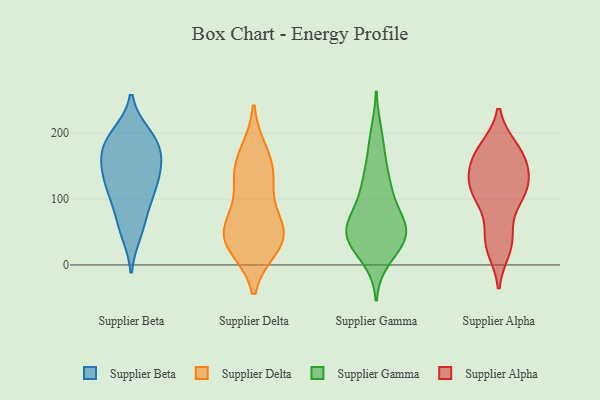
{"axis": {"x": "Page Views", "y": "Value"}, "legend": ["Supplier Alpha", "Supplier Beta", "Supplier Delta", "Supplier Gamma"], "data": [{"x": "", "y": 168, "type": "Supplier Beta"}, {"x": "", "y": 143, "type": "Supplier Beta"}, {"x": "", "y": 127, "type": "Supplier Beta"}, {"x": "", "y": 126, "type": "Supplier Beta"}, {"x": "", "y": 162, "type": "Supplier Beta"}, {"x": "", "y": 57, "type": "Supplier Beta"}, {"x": "", "y": 198, "type": "Supplier Beta"}, {"x": "", "y": 104, "type": "Supplier Beta"}, {"x": "", "y": 48, "type": "Supplier Beta"}, {"x": "", "y": 84, "type": "Supplier Beta"}, {"x": "", "y": 192, "type": "Supplier Beta"}, {"x": "", "y": 156, "type": "Supplier Beta"}, {"x": "", "y": 113, "type": "Supplier Beta"}, {"x": "", "y": 194, "type": "Supplier Beta"}, {"x": "", "y": 179, "type": "Supplier Beta"}, {"x": "", "y": 53, "type": "Supplier Delta"}, {"x": "", "y": 132, "type": "Supplier Delta"}, {"x": "", "y": 152, "type": "Supplier Delta"}, {"x": "", "y": 64, "type": "Supplier Delta"}, {"x": "", "y": 38, "type": "Supplier Delta"}, {"x": "", "y": 32, "type": "Supplier Delta"}, {"x": "", "y": 170, "type": "Supplier Delta"}, {"x": "", "y": 122, "type": "Supplier Delta"}, {"x": "", "y": 28, "type": "Supplier Delta"}, {"x": "", "y": 55, "type": "Supplier Delta"}, {"x": "", "y": 42, "type": "Supplier Gamma"}, {"x": "", "y": 127, "type": "Supplier Gamma"}, {"x": "", "y": 66, "type": "Supplier Gamma"}, {"x": "", "y": 199, "type": "Supplier Gamma"}, {"x": "", "y": 52, "type": "Supplier Gamma"}, {"x": "", "y": 137, "type": "Supplier Gamma"}, {"x": "", "y": 48, "type": "Supplier Gamma"}, {"x": "", "y": 33, "type": "Supplier Gamma"}, {"x": "", "y": 10, "type": "Supplier Gamma"}, {"x": "", "y": 109, "type": "Supplier Gamma"}, {"x": "", "y": 174, "type": "Supplier Gamma"}, {"x": "", "y": 54, "type": "Supplier Gamma"}, {"x": "", "y": 42, "type": "Supplier Gamma"}, {"x": "", "y": 105, "type": "Supplier Gamma"}, {"x": "", "y": 61, "type": "Supplier Gamma"}, {"x": "", "y": 26, "type": "Supplier Gamma"}, {"x": "", "y": 68, "type": "Supplier Gamma"}, {"x": "", "y": 142, "type": "Supplier Alpha"}, {"x": "", "y": 105, "type": "Supplier Alpha"}, {"x": "", "y": 136, "type": "Supplier Alpha"}, {"x": "", "y": 34, "type": "Supplier Alpha"}, {"x": "", "y": 175, "type": "Supplier Alpha"}, {"x": "", "y": 24, "type": "Supplier Alpha"}, {"x": "", "y": 177, "type": "Supplier Alpha"}, {"x": "", "y": 149, "type": "Supplier Alpha"}, {"x": "", "y": 111, "type": "Supplier Alpha"}, {"x": "", "y": 169, "type": "Supplier Alpha"}, {"x": "", "y": 48, "type": "Supplier Alpha"}, {"x": "", "y": 109, "type": "Supplier Alpha"}, {"x": "", "y": 106, "type": "Supplier Alpha"}]}